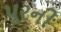
પૂરની